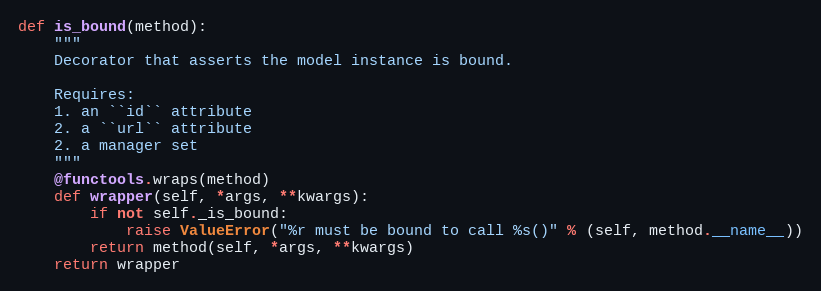
Language: Python
def is_bound(method):
    """
    Decorator that asserts the model instance is bound.

    Requires:
    1. an ``id`` attribute
    2. a ``url`` attribute
    2. a manager set
    """
    @functools.wraps(method)
    def wrapper(self, *args, **kwargs):
        if not self._is_bound:
            raise ValueError("%r must be bound to call %s()" % (self, method.__name__))
        return method(self, *args, **kwargs)
    return wrapper